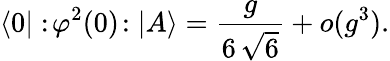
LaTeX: \langle 0|:\! \varphi^{2}(0)\! :|A\rangle=\frac{g}{6\, \sqrt{6}}+o(g^{3}).